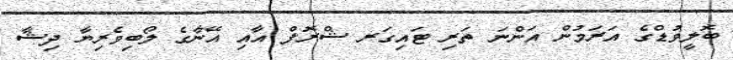
ބޮލީވުޑްގެ އަރަމުން އަންނަ ތަރި ޓައިގަރ ޝްރޮފް އާއި އޭނާގެ ލޯބިވެރިޔާ ދިޝާ